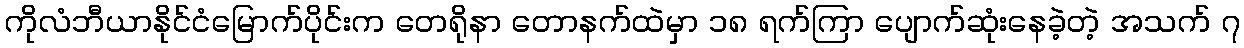
ကိုလံဘီယာနိုင်ငံမြောက်ပိုင်းက တေရိုနာ တောနက်ထဲမှာ ၁၈ ရက်ကြာ ပျောက်ဆုံးနေခဲ့တဲ့ အသက် ၇